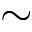
\sim